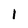
Character: 1